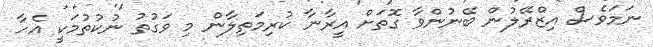
ނަމަވެސް އިޒްރޭލުން ބޭނުންވާ ގޮތަށް އީރާނާ ކުރިމަތިލާން މި ވަގުތު ނުކުތުމަކީ އެހާ